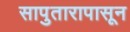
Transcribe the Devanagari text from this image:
सापुतारापासून